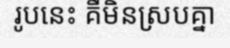
រូបនេះ គឺមិនស្របគ្នា